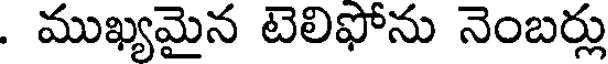
. ముఖ్యమైన టెలిఫోను నెంబర్లు